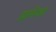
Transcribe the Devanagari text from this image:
डागेयर